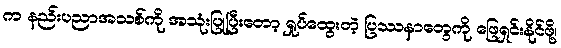
က နည်းပညာအသစ်ကို အသုံးပြုပြီးတော့ ရှုပ်ထွေးတဲ့ ပြဿနာတွေကို ဖြေရှင်းနိုင်ဖို့၊